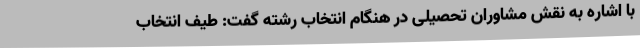
با اشاره به نقش مشاوران تحصیلی در هنگام انتخاب رشته گفت: طیف انتخاب